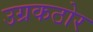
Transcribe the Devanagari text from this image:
उग्रकठोर